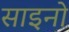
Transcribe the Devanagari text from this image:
साइनो